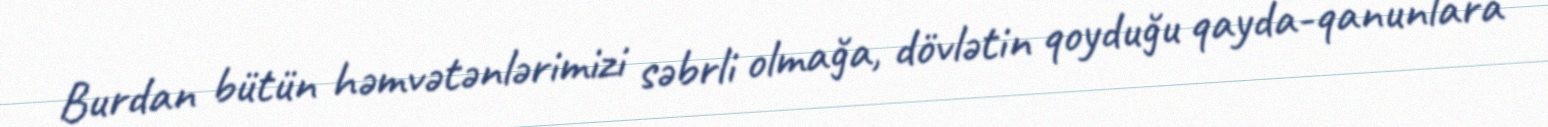
Burdan bütün həmvətənlərimizi səbrli olmağa, dövlətin qoyduğu qayda-qanunlara